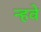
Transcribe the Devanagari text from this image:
न्हवे